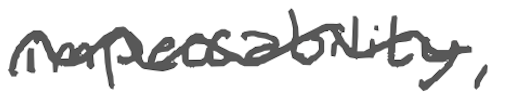
Text: impeccability,
Cross-out: wave
Writing tool: digital_gray